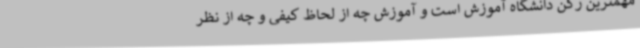
مهمترین رکن دانشگاه آموزش است و آموزش چه از لحاظ کیفی و چه از نظر